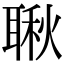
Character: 䎿